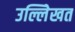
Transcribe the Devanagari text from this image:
उल्लेिखत